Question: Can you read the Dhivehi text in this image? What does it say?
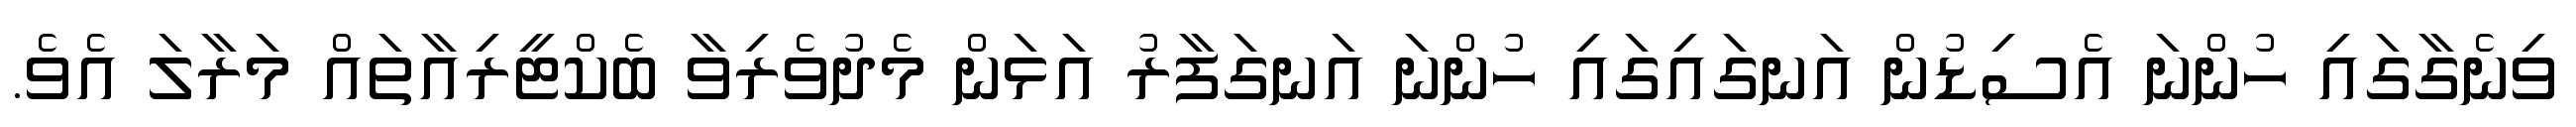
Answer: ވިނެގާގައި ހުންނަ އެސިޑުން އަނގައިގައި ހުންނަ އަނގަފާރު އަޅަން މެދުވެރިވާ ބެކްޓީރިއާތައް މަރާލަ އެވެ.